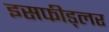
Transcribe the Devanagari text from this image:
इसफीड्लर